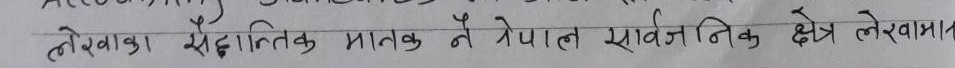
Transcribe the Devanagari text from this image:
लेखेका सैद्धान्तिक मानक नै नेपाल सार्वजनिक क्षेत्र लेखामान